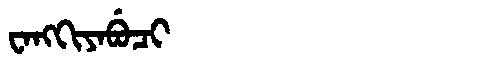
Manchu: ᠸᠠᠩᡴᡳᠶᠠᠪᡠᠴᡳ
Romanization: WANGKIYABUCI